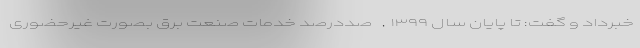
خبرداد و گفت: تا پایان سال ۱۳۹۹, صددرصد خدمات صنعت برق بصورت غیرحضوری